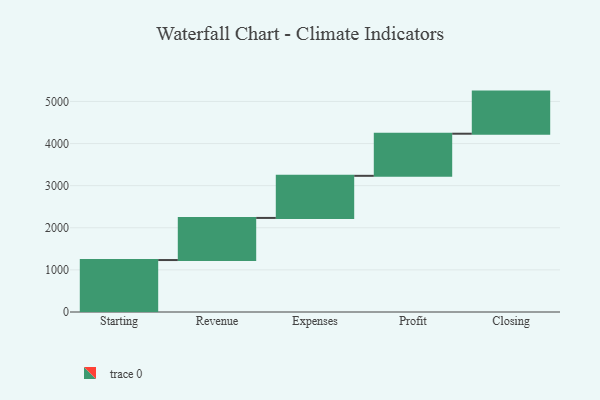
{"axis": {"x": "Step", "y": "Value"}, "legend": [""], "data": [{"x": "Starting", "y": 1234.0, "type": ""}, {"x": "Revenue", "y": 1000, "type": ""}, {"x": "Expenses", "y": 1000, "type": ""}, {"x": "Profit", "y": 1000, "type": ""}, {"x": "Closing", "y": 1000, "type": ""}]}